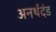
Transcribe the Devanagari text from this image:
अनर्थदंड